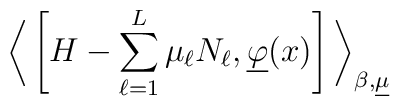
\bigg\langle \left[ H - \sum_{\ell=1}^L \mu_\ell N_\ell,  \underline{\varphi}   (x) \right] \bigg\rangle_{\beta,\underline{\mu}}